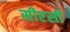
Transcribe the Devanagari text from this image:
सीएसी